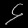
Digit: ၄